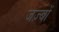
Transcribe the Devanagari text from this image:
जज़्बों